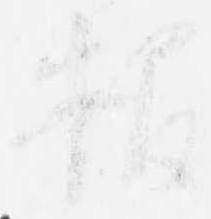
報